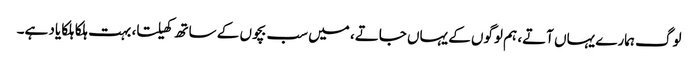
لوگ ہمارے یہاں آتے، ہم لوگوں کے یہاں جاتے، میں سب بچوں کے ساتھ کھیلتا، بہت ہلکا ہلکا یاد ہے۔